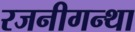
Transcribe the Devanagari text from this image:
रजनीगन्था